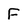
Character: F